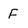
Character: F